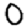
Digit: 0